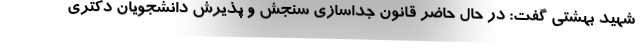
شهید بهشتی گفت: در حال حاضر قانون جداسازی سنجش و پذیرش دانشجویان دکتری